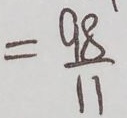
= \frac { 9 8 } { 1 1 }